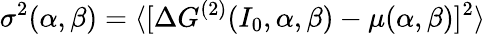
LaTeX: \sigma^{2}(\alpha,\beta)=\langle[\Delta G^{(2)}(I_{0},\alpha,\beta)-\mu(\alpha,\beta)]^{2}\rangle